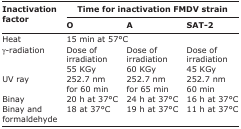
<table><thead><tr><td rowspan="3"><b>Inactivation factor</b></td><td colspan="3"><b>Time for inactivation FMDV strain</b></td></tr><tr><td><b>O</b></td><td><b>A</b></td><td><b>SAT-2</b></td></tr></thead><tbody><tr><td>Heat</td><td>15 min at 57°C</td><td></td><td></td></tr><tr><td>γ-radiation</td><td>Dose of irradiation 55 KGy</td><td>Dose of irradiation 60 KGy</td><td>Dose of irradiation 45 KGy</td></tr><tr><td>UV ray</td><td>252.7 nm for 60 min</td><td>252.7 nm for 65 min</td><td>252.7 nm 60 min</td></tr><tr><td>Binay</td><td>20 h at 37°C</td><td>24 h at 37°C</td><td>16 h at 37°C</td></tr><tr><td>Binay and formaldehyde</td><td>18 at 37°C</td><td>19 h at 37°C</td><td>11 h at 37°C</td></tr></tbody></table>